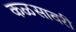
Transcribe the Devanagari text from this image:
कळसावरी